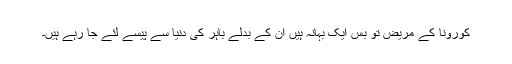
کورونا کے مریض تو بس ایک بہانہ ہیں ان کے بدلے باہر کی دنیا سے پیسے لئے جا رہے ہیں۔